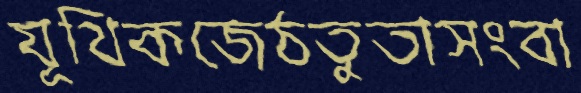
যূথিকজেঠতুতাসংবা